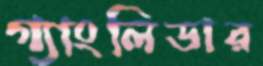
গ্যাংলিডার